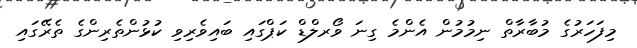
މިފަހަރުގެ މުބާރާތް ނިމުމުން އެންމެ ގިނަ ވޯރލްޑް ކަޕްގައި ބައިވެރިވި ކުޅުންތެރިންގެ ތެރޭގައި